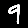
Digit: 9